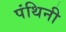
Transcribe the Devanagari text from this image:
पंथिनी